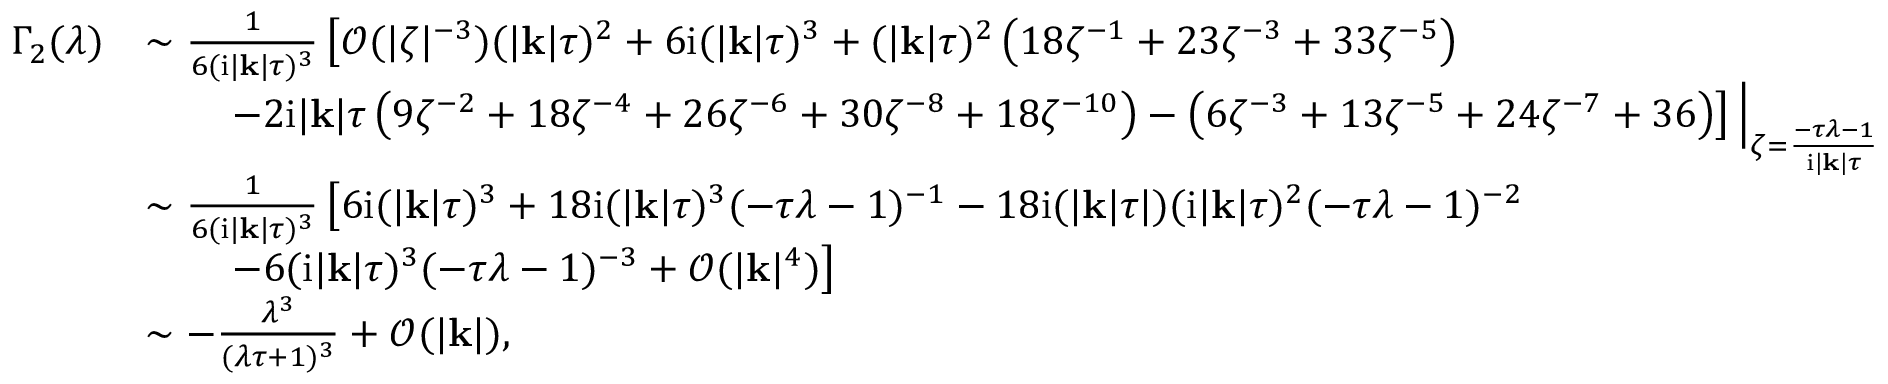
\begin{array} { r l } { \Gamma _ { 2 } ( \lambda ) } & { \sim \frac { 1 } { 6 ( \mathrm { i } | \mathbf { k } | \tau ) ^ { 3 } } \left[ \mathcal { O } ( | \zeta | ^ { - 3 } ) ( | \mathbf { k } | \tau ) ^ { 2 } + 6 \mathrm { i } ( | \mathbf { k } | \tau ) ^ { 3 } + ( | \mathbf { k } | \tau ) ^ { 2 } \left( 1 8 \zeta ^ { - 1 } + 2 3 \zeta ^ { - 3 } + 3 3 \zeta ^ { - 5 } \right) \right. } \\ & { \qquad \left. - 2 \mathrm { i } | \mathbf { k } | \tau \left( 9 \zeta ^ { - 2 } + 1 8 \zeta ^ { - 4 } + 2 6 \zeta ^ { - 6 } + 3 0 \zeta ^ { - 8 } + 1 8 \zeta ^ { - 1 0 } \right) - \left( 6 \zeta ^ { - 3 } + 1 3 \zeta ^ { - 5 } + 2 4 \zeta ^ { - 7 } + 3 6 \right) \right] \Big | _ { \zeta = \frac { - \tau \lambda - 1 } { \mathrm { i } | \mathbf { k } | \tau } } } \\ & { \sim \frac { 1 } { 6 ( \mathrm { i } | \mathbf { k } | \tau ) ^ { 3 } } \left[ 6 \mathrm { i } ( | \mathbf { k } | \tau ) ^ { 3 } + 1 8 \mathrm { i } ( | \mathbf { k } | \tau ) ^ { 3 } ( - \tau \lambda - 1 ) ^ { - 1 } - 1 8 \mathrm { i } ( | \mathbf { k } | \tau | ) ( \mathrm { i } | \mathbf { k } | \tau ) ^ { 2 } ( - \tau \lambda - 1 ) ^ { - 2 } \right. } \\ & { \qquad \left. - 6 ( \mathrm { i } | \mathbf { k } | \tau ) ^ { 3 } ( - \tau \lambda - 1 ) ^ { - 3 } + \mathcal { O } ( | \mathbf { k } | ^ { 4 } ) \right] } \\ & { \sim - \frac { \lambda ^ { 3 } } { ( \lambda \tau + 1 ) ^ { 3 } } + \mathcal { O } ( | \mathbf { k } | ) , } \end{array}